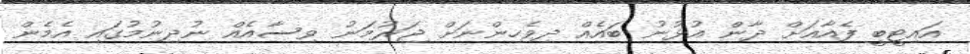
އައިޓީބީ ފެއާއަށް ދާން އުޅުނު ބައެއް ދިވެހިންނަށް ޖަރުމަނު ވިސާއެއް ނުދިނުމުގައި އެމެން